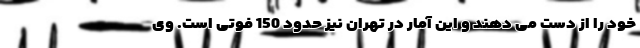
خود را از دست می دهند و این آمار در تهران نیز حدود 150 فوتی است. وی